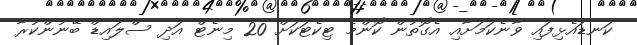
ކަނޑައެޅިފައި ވާނެކަމަށާއި އެގޮތުން ކޮންމެ ޓިކެޓަކަށް 20 މިނެޓް އަދި ސްލައިޑް ބޭނުންކުރާ